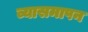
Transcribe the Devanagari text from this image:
व्यासमापन